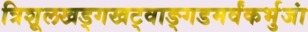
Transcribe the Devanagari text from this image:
त्रिशूलखड्गखट्वाङ्गडमर्वंकर्भुजां